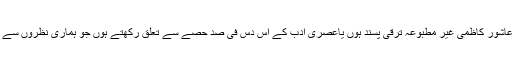
ممکن ہے عاشور کاظمی غیر مطبوعہ ترقی پسند ہوں یاعصری ادب کے اس دس فی صد حصے سے تعلق رکھتے ہوں جو ہماری نظروں سے اوجھل ہے۔